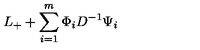
L _ { + } + \sum _ { i = 1 } ^ { m } \Phi _ { i } D ^ { - 1 } \Psi _ { i }